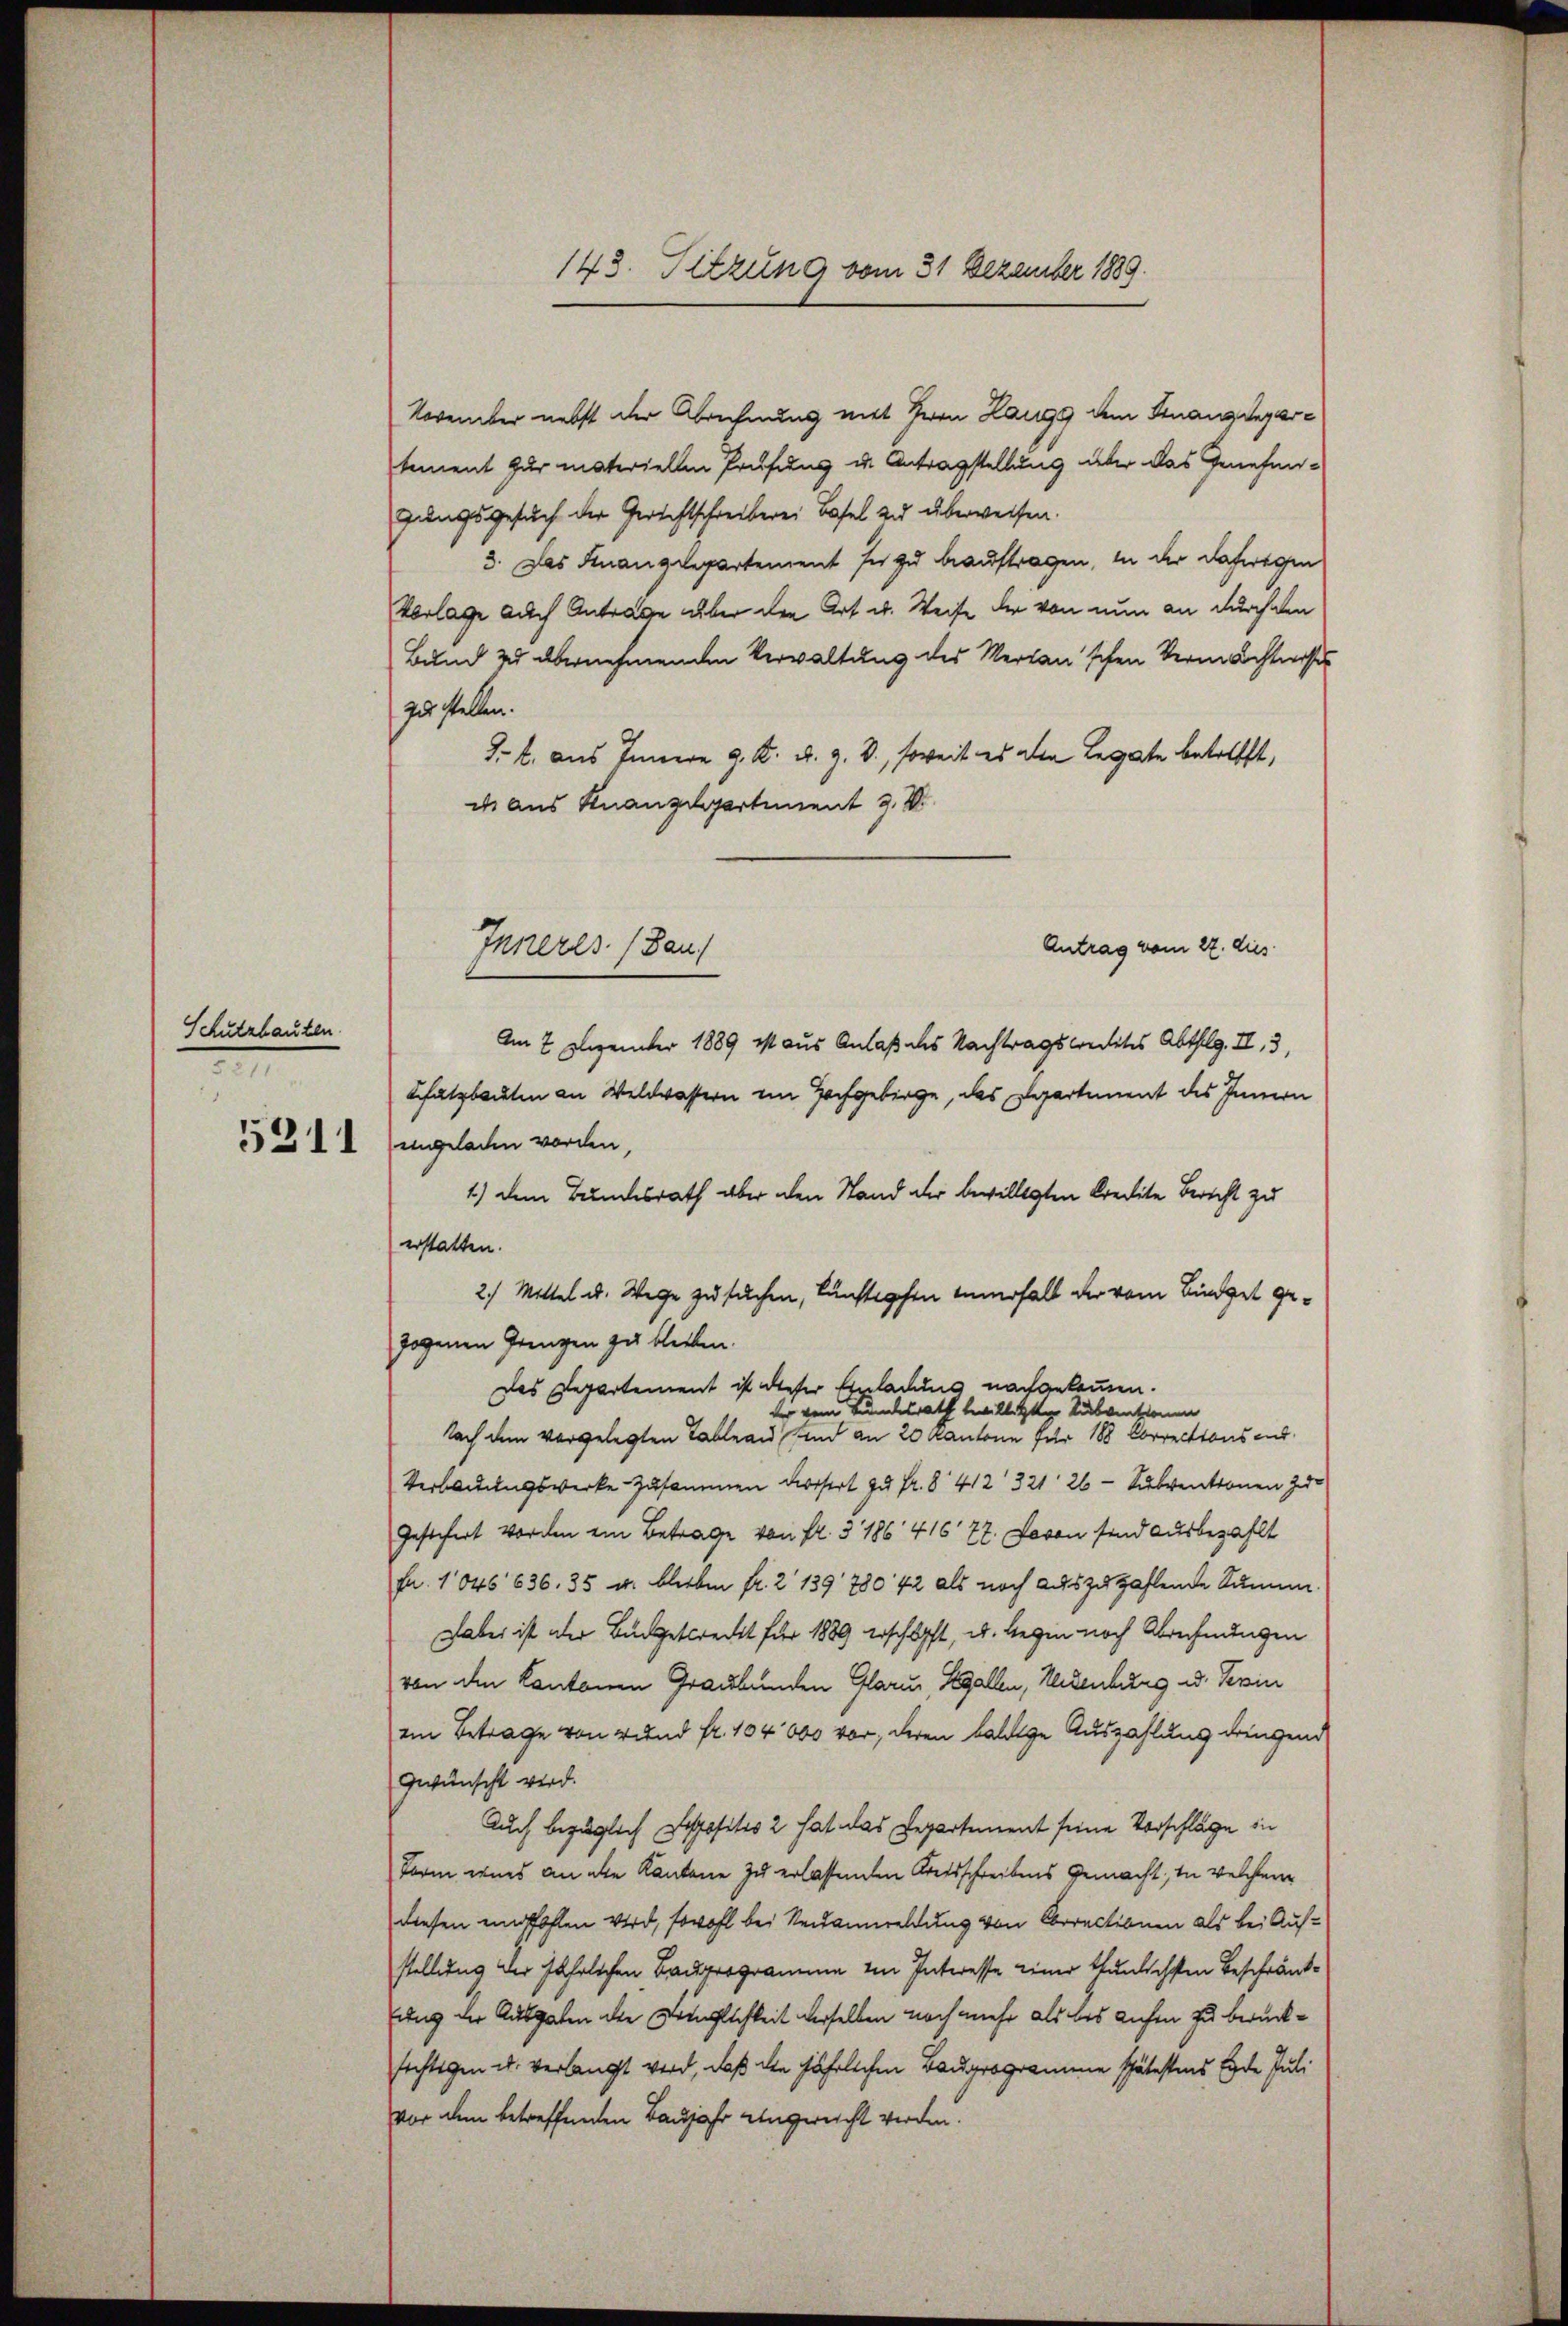
Schutzbauten.

November nebst der Abrechnung mit Herrn Lage dem Finanzdepartement zur materiellen Prüfung u. Antragstellung über das Genehmigungsgesuch der Gerichtschreiberei Basel zu überweisen.
3. Das Finanzdepartement ser zu beauftragen, in der Dachwegen
Vorlage auch Antrage über den Art u. Weise der von nun an durch den
Bund zu übernehmenden Verwaltung des Merkan'schen Vermächtniss
zu stellen.
J.. aus Innern G. K. A. G. B., soweit es den Legate betrifft,
de aus Knanzdepartement z. B.
Antrag vom 27. dies
Am 2. Dezember 1889 ist aus Anlaß des Nachtragsleites Abtheilg. II, 3,
Bfatzbauten an Weldwassern im Hochgebirge, das Departement des Innern
211 (ungeladen worden,
1.) Dem Bundesrath aber den Stand der bewilligten Kredite Bericht zu
erstatten.
2.) Mittel u. Wege zu suchen, kunstpfen innerhalb der vom Bindet gezogenen Gringen zu bleiben.
Das Departement ist dieser Einladung nachgekommen.
der vom Bundesrath bewilligter Subventionen
Nach dem vorgelegten Tableau sind an 20 Kantone für 188 Corrections end
Verbauungswerke zusammen Dorfert zu Fr. § 412 321 26 - Subventionen zur
Gestifert worden ein Betrage von Fr. 3186 41677. Davon sind ausbezahlt
Fr. 1045 636. 35 u. blieben fr. 2 139, 780, 42 als noch auszuzahlende Summe
Dabei ist der Budgetkrecht für 1889 erschöpft, u. legen noch Abrechnungen
von den Kantonen Graubünden Glarus, Segallen, Herzenburg u. Ferin
ein Betrage von 4 und fr. 104000 vor, deren baldige Auszahlung dringend
gwünscht wird.
Auch bezüglich Dispositio 2 hat das Departement seine Vorschläge in
Form wird an die Kantone zu erlassenden Kreisschreibens gemacht, in welchem
diesen empfohlen wird, sowohl bei Neuanmeldung von Oberectionen als bei Aufstellung der jährlichen Bauprogramme in Interesse einer thunlichsten Beschränkung der Ausgaben der Senglichkeit derselben noch mehr als des aufen zu berückfechtigen u. verlangt wird, daß die jährlichen Bauprogramme spätestens Ende Juli
vor dem betreffenden Baujahr angereicht werden.

Inneres. (Bau

143. Sitzung vom 31. Dezember 1889.